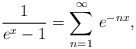
\begin{align*}\frac{1}{e^{x}-1}=\sum _{n=1}^{\infty }\, e^{-nx},\end{align*}